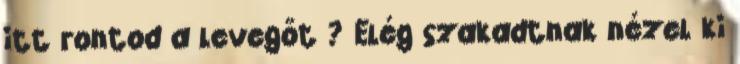
itt rontod a levegőt ? Elég szakadtnak nézel ki